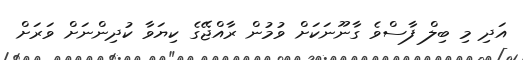
އަދި މި ބިލް ފާސްވެ ގާނޫނަކަށް ވުމުން ރާއްޖޭގެ ކިޔަވާ ކުދިންނަށް ވަރަށް